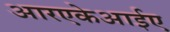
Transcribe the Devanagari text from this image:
आरएकेआईए